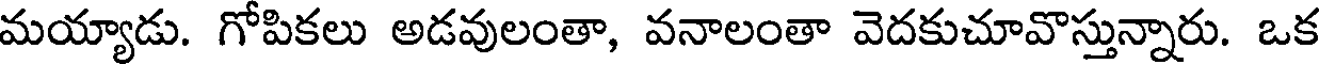
మయ్యాడు. గోపికలు అడవులంతా, వనాలంతా వెదకుచూవొస్తున్నారు. ఒక